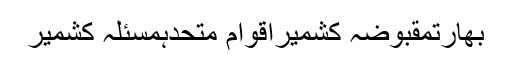
بھارتمقبوضہ کشمیراقوام متحدہمسئلہ کشمیر